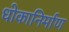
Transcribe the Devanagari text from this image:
धोकानिर्माण